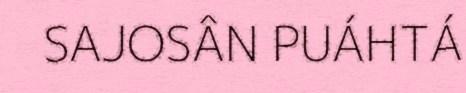
SAJOSÂN PUÁHTÁ